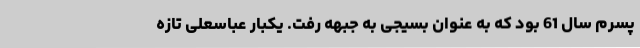
پسرم سال 61 بود که به عنوان بسیجی به جبهه رفت. یکبار عباسعلی تازه